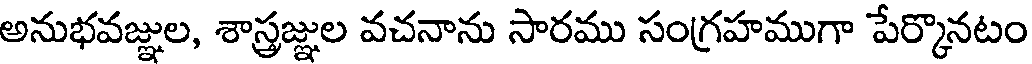
అనుభవజ్ఞుల, శాస్త్రజ్ఞుల వచనాను సారము సంగ్రహముగా పేర్కొనటం